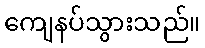
ကျေနပ်သွားသည်။